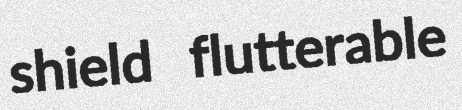
shield flutterable